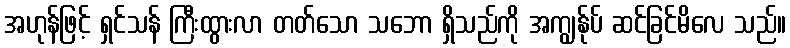
အဟုန်ဖြင့် ရှင်သန် ကြီးထွားလာ တတ်သော သဘော ရှိသည်ကို အကျွန်ုပ် ဆင်ခြင်မိလေ သည်။